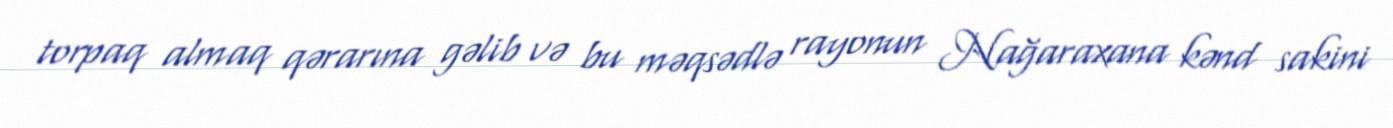
torpaq almaq qərarına gəlib və bu məqsədlə rayonun Nağaraxana kənd sakini